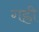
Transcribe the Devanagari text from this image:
गह्री